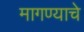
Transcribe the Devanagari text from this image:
मागण्याचे